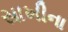
સાખીના